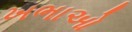
ખભાઓ